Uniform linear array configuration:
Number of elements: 64
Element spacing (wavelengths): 0.75
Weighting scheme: cosine
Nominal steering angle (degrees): -30
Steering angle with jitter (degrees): -28.548
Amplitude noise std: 0.05
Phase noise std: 0.05

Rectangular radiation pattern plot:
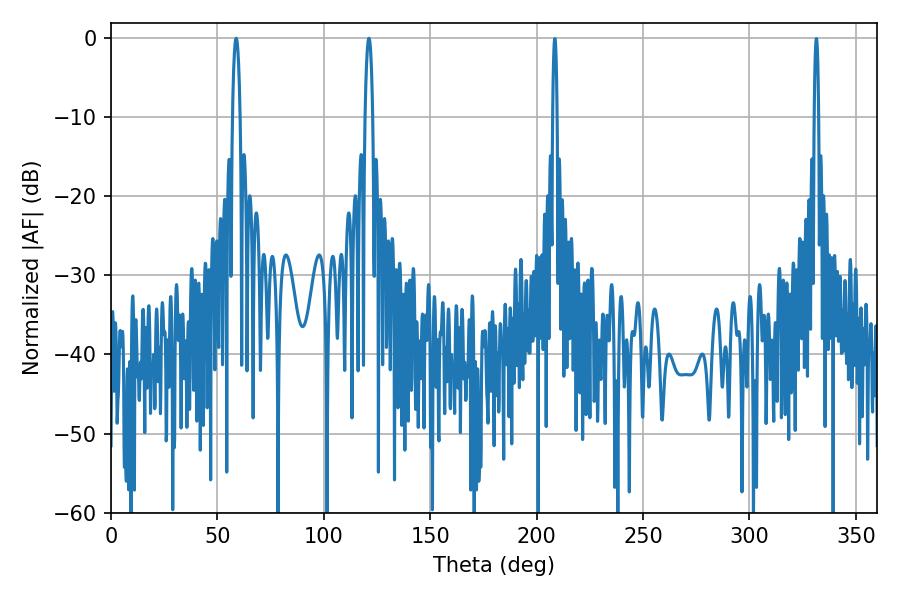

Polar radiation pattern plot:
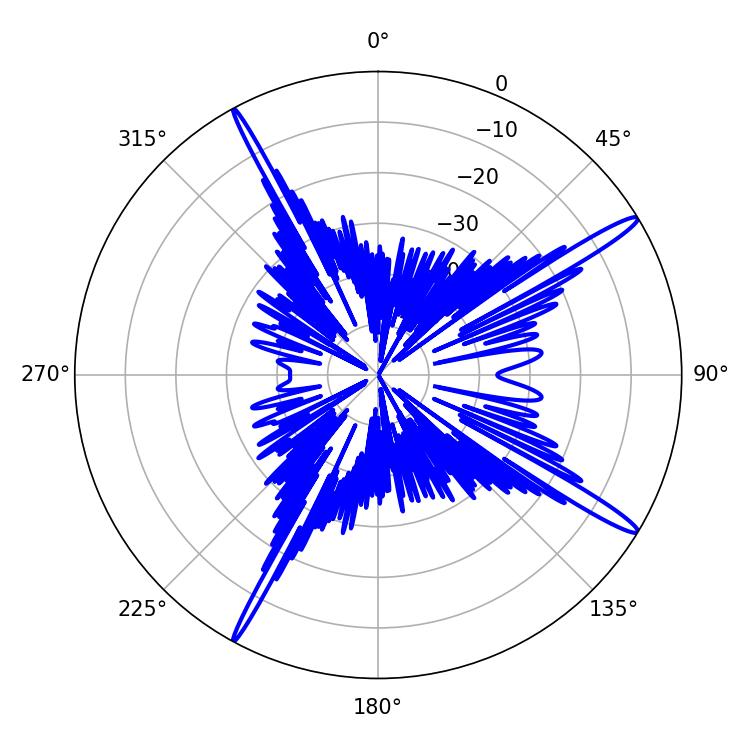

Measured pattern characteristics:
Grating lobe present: TRUE
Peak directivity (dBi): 16.315
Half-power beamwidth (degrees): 1.98
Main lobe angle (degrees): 58.86